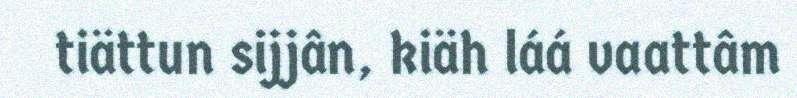
tiättun sijjân, kiäh láá vaattâm